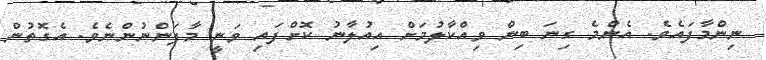
ނިންމާފައެވެ. އެންމެ ގިނަ ބިން ވިއްކާލުމަށް އިއުލާނު ކޮށްފައި ވަނީ މާފަންނުންނެވެ. އެގޮތުން